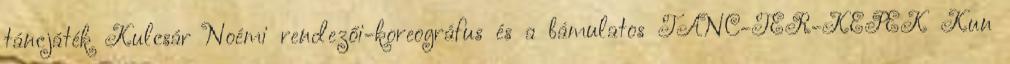
táncjáték Kulcsár Noémi rendezői-koreográfus és a bámulatos TÁNC-TÉR-KÉPEK Kun